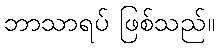
ဘာသာရပ် ဖြစ်သည်။